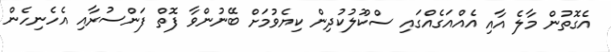
އެގޮތުން މާލެ އާއި އެއްއަގެއްގައި ސްކޫލުކުދިން ކިޔެވުމަށް ބޭނުންވާ ފޮތް ފަންސުރާއި އެހެނިހެން